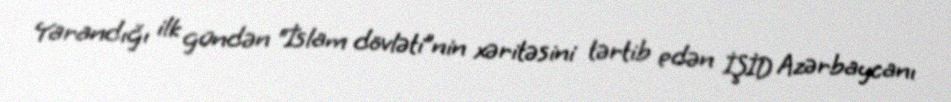
Yarandığı ilk gündən “İslam dövləti”nin xəritəsini tərtib edən İŞİD Azərbaycanı